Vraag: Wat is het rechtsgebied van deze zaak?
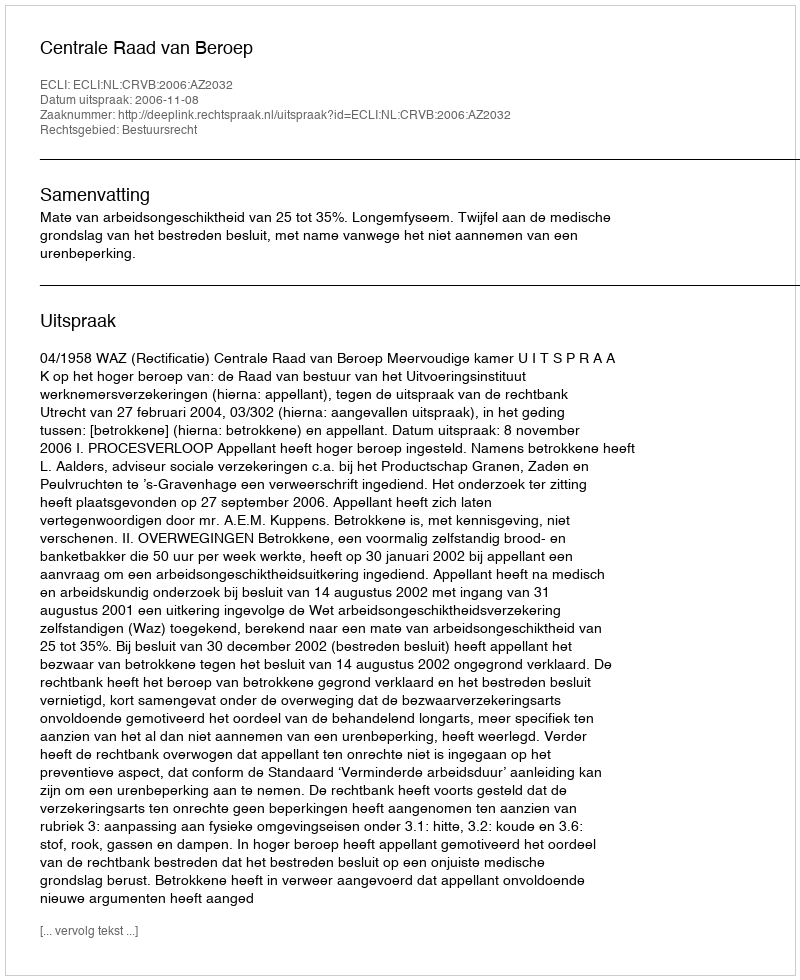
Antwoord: Bestuursrecht